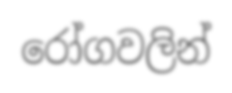
රෝගවලින්